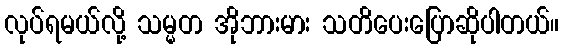
လုပ်ရမယ်လို့ သမ္မတ အိုဘားမား သတိပေးပြောဆိုပါတယ်။